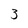
Character: 3